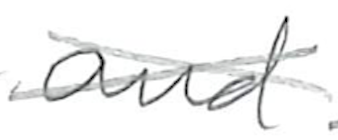
Text: and
Cross-out: mix
Writing tool: pencil